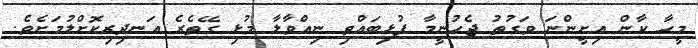
މީހާ ކާން އިށީންނަ ވަގުތު ޖެހުނީމާ ފުޅިބައްތި ނިއްވާލާ މުޅި ގޭތެރެ އަނދިރިކޮށްލުމަށެވެ.